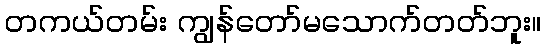
တကယ်တမ်း ကျွန်တော်မသောက်တတ်ဘူး။